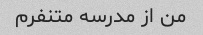
من از مدرسه متنفرم